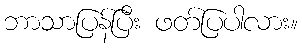
ဘာသာပြန်ပြီး ဖတ်ပြပါလား။